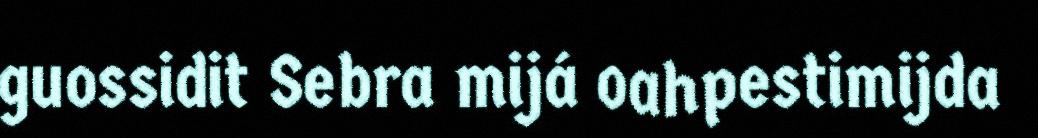
guossidit Sebra mijá oahpestimijda